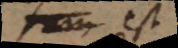
sum est,